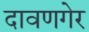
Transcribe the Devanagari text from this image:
दावणगेर